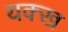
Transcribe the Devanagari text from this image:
यक्ख